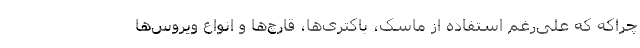
چراکه که علی‌رغم استفاده از ماسک، باکتری‌ها، قارچ‌ها و انواع ویروس‌ها